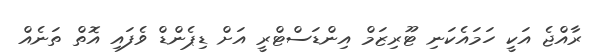
ރާއްޖެ އަކީ ހަމައެކަނި ޓޫރިޒަމް އިންޑަސްޓްރީ އަށް ޑިޕެންޑް ވެފައި އޮތް ތަނެއް